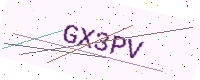
Text: GX3PV